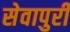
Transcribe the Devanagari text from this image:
सेवापुरी